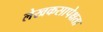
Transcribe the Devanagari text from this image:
लेखकसापेक्षता